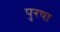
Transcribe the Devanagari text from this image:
पुरषा